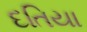
દતિયા